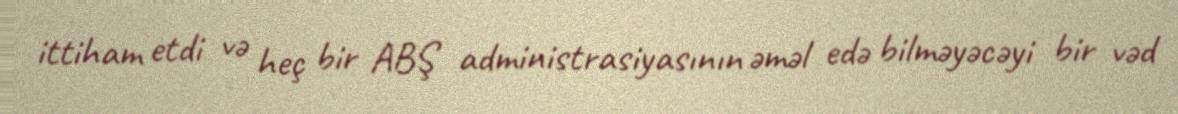
ittiham etdi və heç bir ABŞ administrasiyasının əməl edə bilməyəcəyi bir vəd